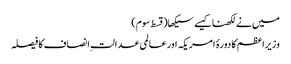
میں نے لکھنا کیسے سیکھا(قسط سوم)
وزیراعظم کا دورۂ امریکہ اورعالمی عدالتِ انصاف کا فیصلہ